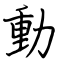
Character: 動